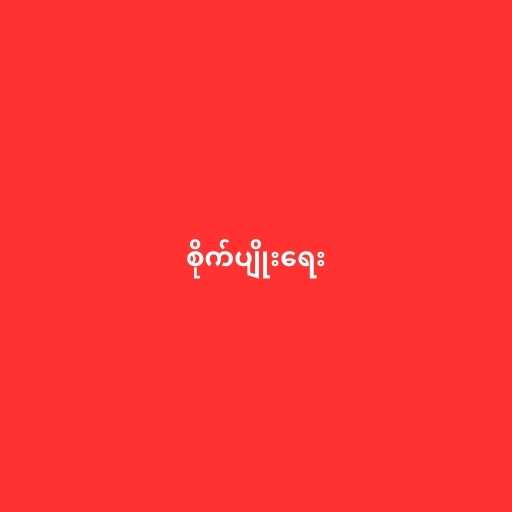
စိုက်ပျိုးရေး